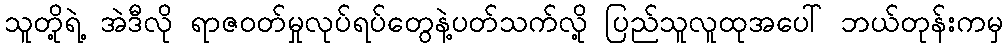
သူတို့ရဲ့ အဲဒီလို ရာဇဝတ်မှုလုပ်ရပ်တွေနဲ့ပတ်သက်လို့ ပြည်သူလူထုအပေါ် ဘယ်တုန်းကမှ